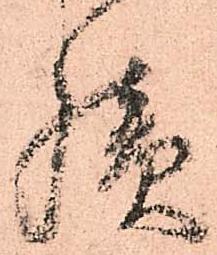
積